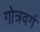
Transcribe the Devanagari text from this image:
गोत्रवर्ग